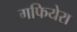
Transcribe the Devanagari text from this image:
गफियेरा